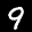
Label: 9